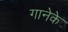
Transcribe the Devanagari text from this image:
गानेके